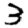
Digit: 3